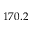
1 7 0 . 2